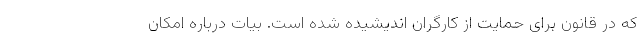
که در قانون برای حمایت از کارگران اندیشیده شده است. بیات درباره امکان